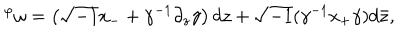
{ } ^ { \varphi } \omega = \left( \sqrt { - 1 } x _ { - } + \gamma ^ { - 1 } \partial _ { z } \gamma \right) d z + \sqrt { - 1 } ( \gamma ^ { - 1 } x _ { + } \gamma ) d \bar { z } ,